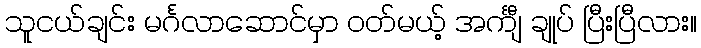
သူငယ်ချင်း မင်္ဂလာဆောင်မှာ ဝတ်မယ့် အင်္ကျီ ချုပ် ပြီးပြီလား။